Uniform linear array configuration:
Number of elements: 32
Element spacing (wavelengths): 0.25
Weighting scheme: binomial
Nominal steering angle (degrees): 30
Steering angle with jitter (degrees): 30.629
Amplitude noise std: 0.05
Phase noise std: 0.05

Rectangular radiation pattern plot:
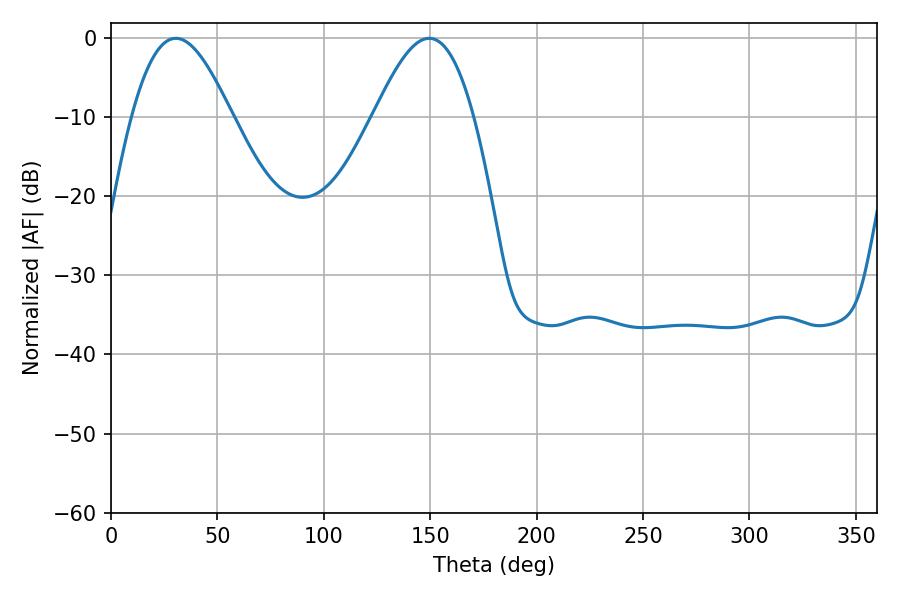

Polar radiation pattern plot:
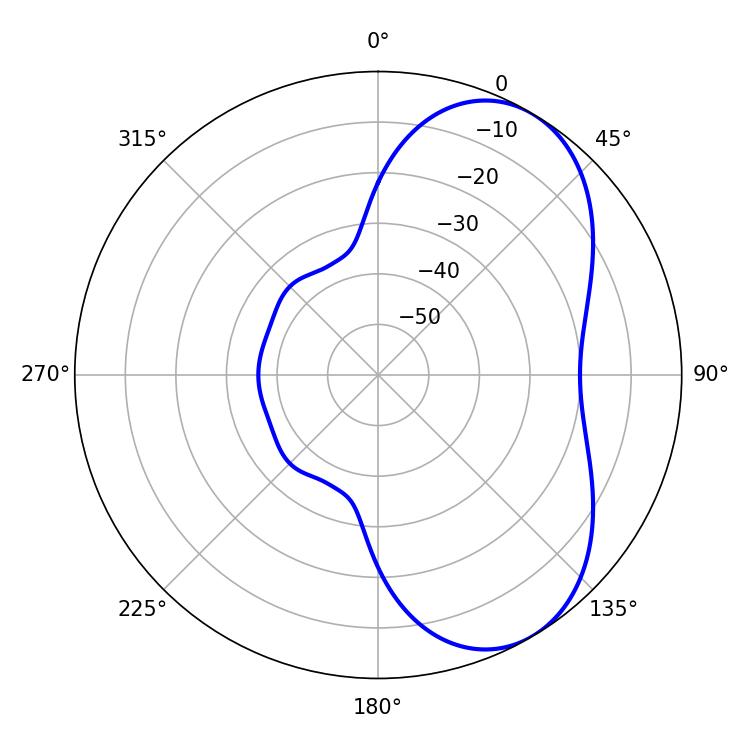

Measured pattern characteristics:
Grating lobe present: FALSE
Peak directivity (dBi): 5.869
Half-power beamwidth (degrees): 25.2
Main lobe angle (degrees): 30.42